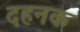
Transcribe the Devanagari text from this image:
दहनक